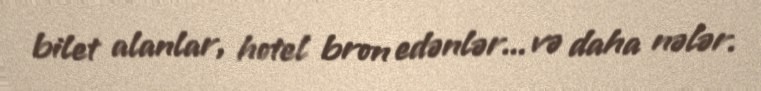
bilet alanlar, hotel bron edənlər... və daha nələr.